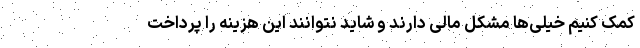
کمک کنیم خیلی‌ها مشکل مالی دارند و شاید نتوانند این هزینه را پرداخت